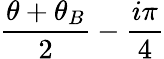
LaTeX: \frac{\theta+\theta_{B}}{2}-\frac{i\pi}{4}